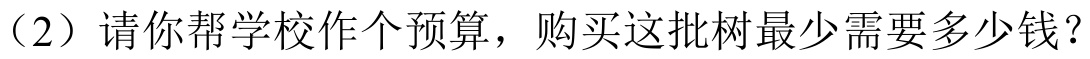
（2）请你帮学校作个预算，购买这批树最少需要多少钱？